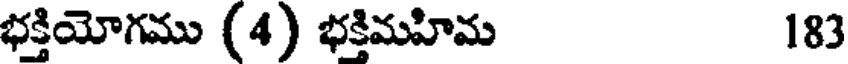
భక్తియోగము (4) భక్తిమహిమ 183